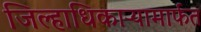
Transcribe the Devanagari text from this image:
जिल्हाधिकाऱ्यामार्फत